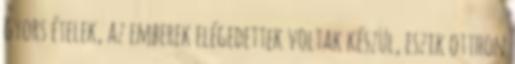
gyors ételek, az emberek elégedettek voltak készül, eszik otthon